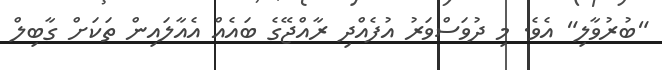
"ބުރުވާލި" އެވެ. މި ދުވަސްވަރު އުފެއްދި ރާއްޖޭގެ ބައެއް އެއާލައިން ތަކަށް ގާބިލް